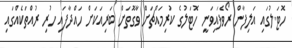
ހޮޓަލުގައި އަލިފާން ރޯވެފައިވަނީ ހޮޓަލުގެ ކުރިމައްޗަށް ވާގޮތަށް ބަރިއަކަށް ހައްދާފައި ހުރި ރުއްތަކެއްގައި